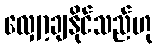
လျှော့ချနိုင်သည်ဟု